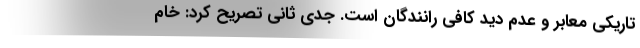
تاریکی معابر و عدم دید کافی رانندگان است. جدی ثانی تصریح کرد: خام